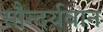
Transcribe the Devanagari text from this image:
सौन्दर्यवान